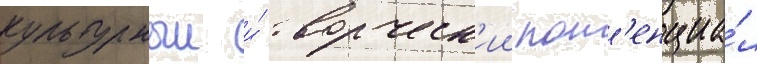
культурныи и́ творческ'ии пот'енциа́л